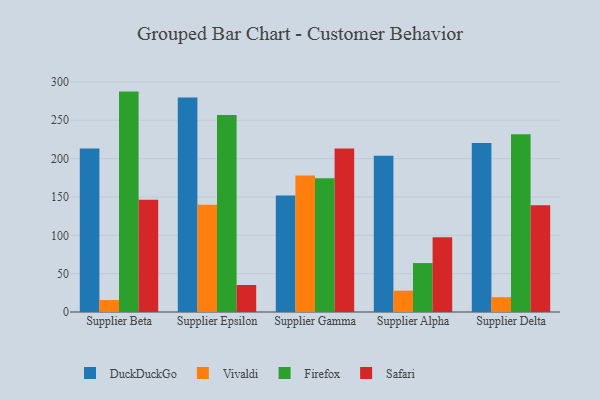
{"axis": {"x": "Supplier", "y": "Production Output"}, "legend": ["DuckDuckGo", "Firefox", "Safari", "Vivaldi"], "data": [{"x": "Supplier Beta", "y": 213.3, "type": "DuckDuckGo"}, {"x": "Supplier Beta", "y": 15.6, "type": "Vivaldi"}, {"x": "Supplier Beta", "y": 287.4, "type": "Firefox"}, {"x": "Supplier Beta", "y": 146.4, "type": "Safari"}, {"x": "Supplier Epsilon", "y": 279.8, "type": "DuckDuckGo"}, {"x": "Supplier Epsilon", "y": 140.0, "type": "Vivaldi"}, {"x": "Supplier Epsilon", "y": 256.8, "type": "Firefox"}, {"x": "Supplier Epsilon", "y": 35.2, "type": "Safari"}, {"x": "Supplier Gamma", "y": 151.8, "type": "DuckDuckGo"}, {"x": "Supplier Gamma", "y": 178.0, "type": "Vivaldi"}, {"x": "Supplier Gamma", "y": 174.4, "type": "Firefox"}, {"x": "Supplier Gamma", "y": 213.1, "type": "Safari"}, {"x": "Supplier Alpha", "y": 203.8, "type": "DuckDuckGo"}, {"x": "Supplier Alpha", "y": 27.8, "type": "Vivaldi"}, {"x": "Supplier Alpha", "y": 63.8, "type": "Firefox"}, {"x": "Supplier Alpha", "y": 97.4, "type": "Safari"}, {"x": "Supplier Delta", "y": 220.4, "type": "DuckDuckGo"}, {"x": "Supplier Delta", "y": 19.3, "type": "Vivaldi"}, {"x": "Supplier Delta", "y": 231.9, "type": "Firefox"}, {"x": "Supplier Delta", "y": 139.1, "type": "Safari"}]}